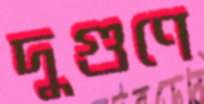
দুগুণে